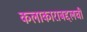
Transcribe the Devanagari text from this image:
कलाकाराबद्दलची